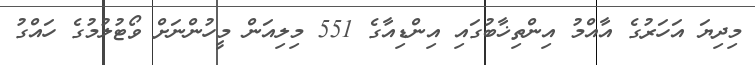
މިދިޔަ އަހަރުގެ އާއްމު އިންތިޚާބުގައި އިންޑިއާގެ 551 މިިލިއަން މީހުންނަށް ވޯޓުލުމުގެ ހައްގު